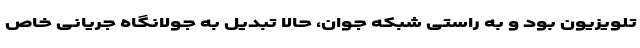
تلویزیون بود و به راستی شبکه جوان، حالا تبدیل به جولانگاه جریانی خاص